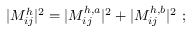
| { \cal M } _ { i j } ^ { h } | ^ { 2 } = | { \cal M } _ { i j } ^ { h , a } | ^ { 2 } + | { \cal M } _ { i j } ^ { h , b } | ^ { 2 } \, \, ;